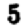
Digit: 5